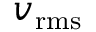
v _ { \mathrm { r m s } }